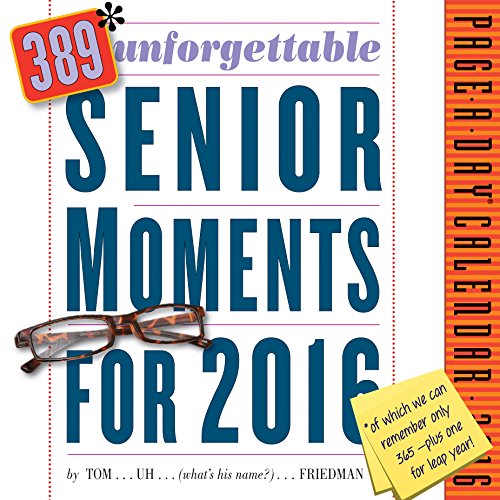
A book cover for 389 Unforgettable Senior Moments Page-A-Day Calendar 2016; Tom Friedman; Calendars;